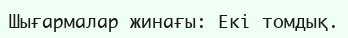
Шығармалар жинағы: Екі томдық.